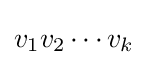
v_{1}v_{2}\cdots v_{k}